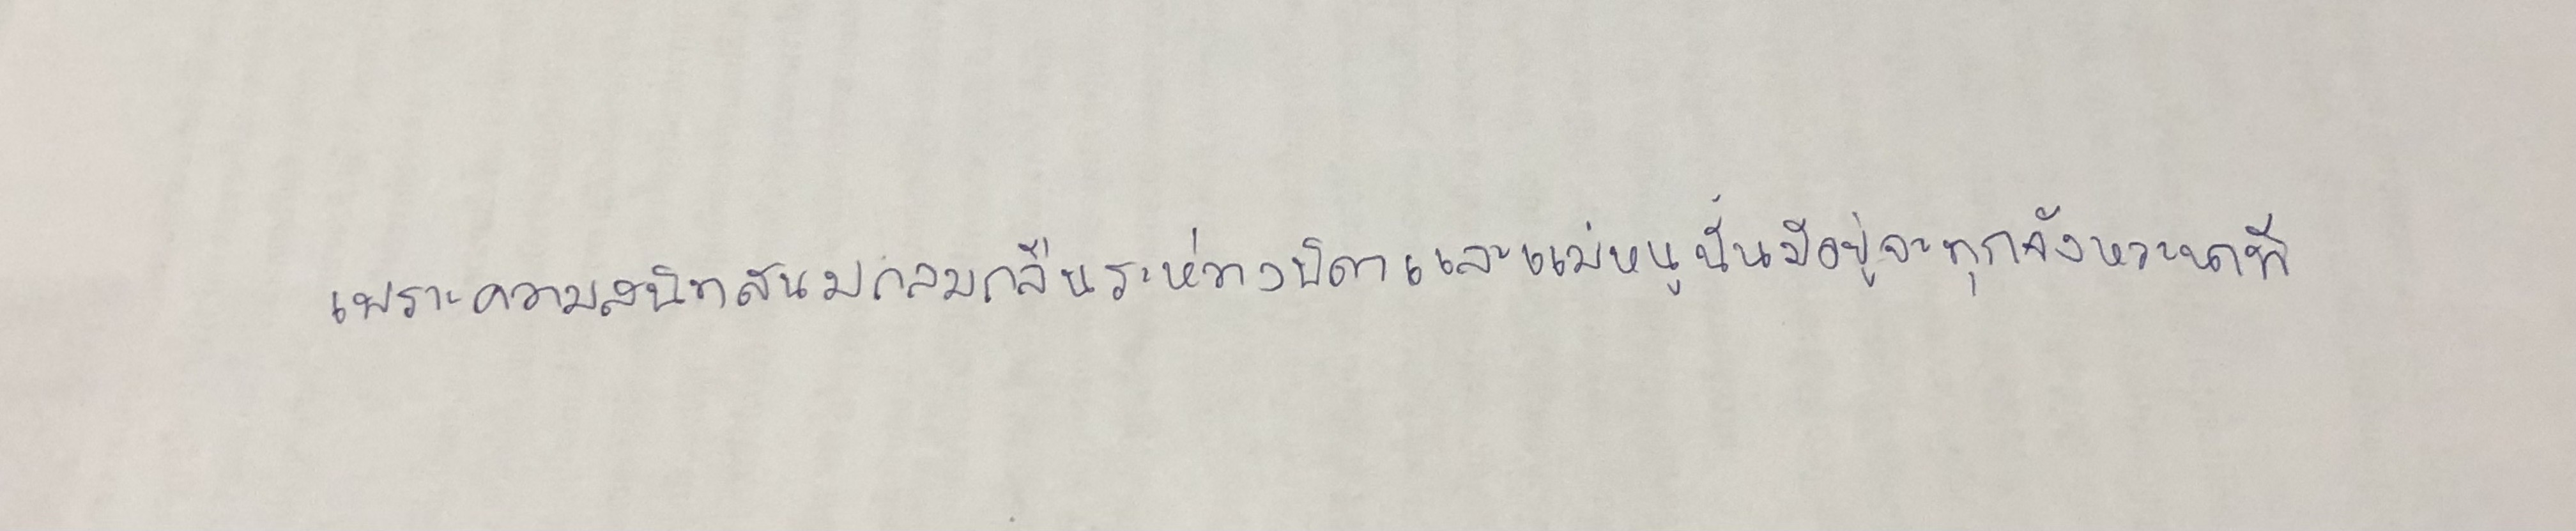
เพราะความสนิทสนมกลมกลืนระหว่างบิดาและแม่หนูนั้นมีอยู่จะทุกจังหวะนาที